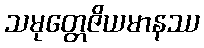
သမုတ္တေဇိယမာနဿ